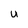
Character: U